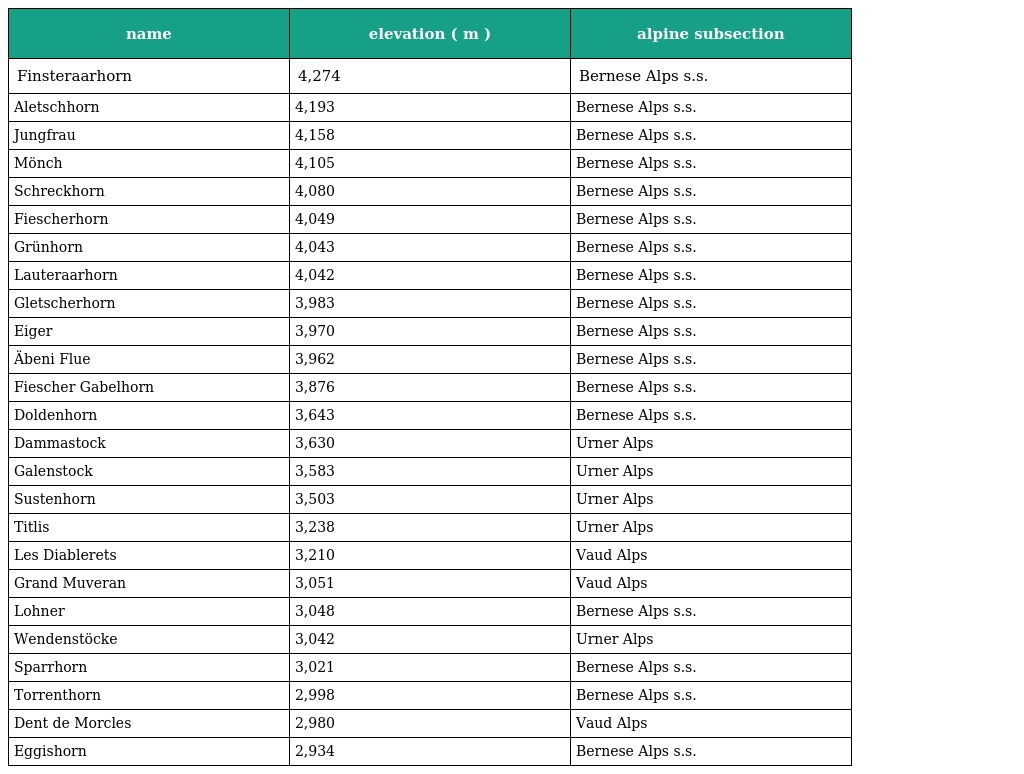
| name | elevation ( m ) | alpine subsection |
 | --- | --- | --- |
 | Finsteraarhorn | 4,274 | Bernese Alps s.s. |
 | Aletschhorn | 4,193 | Bernese Alps s.s. |
 | Jungfrau | 4,158 | Bernese Alps s.s. |
 | Mönch | 4,105 | Bernese Alps s.s. |
 | Schreckhorn | 4,080 | Bernese Alps s.s. |
 | Fiescherhorn | 4,049 | Bernese Alps s.s. |
 | Grünhorn | 4,043 | Bernese Alps s.s. |
 | Lauteraarhorn | 4,042 | Bernese Alps s.s. |
 | Gletscherhorn | 3,983 | Bernese Alps s.s. |
 | Eiger | 3,970 | Bernese Alps s.s. |
 | Äbeni Flue | 3,962 | Bernese Alps s.s. |
 | Fiescher Gabelhorn | 3,876 | Bernese Alps s.s. |
 | Doldenhorn | 3,643 | Bernese Alps s.s. |
 | Dammastock | 3,630 | Urner Alps |
 | Galenstock | 3,583 | Urner Alps |
 | Sustenhorn | 3,503 | Urner Alps |
 | Titlis | 3,238 | Urner Alps |
 | Les Diablerets | 3,210 | Vaud Alps |
 | Grand Muveran | 3,051 | Vaud Alps |
 | Lohner | 3,048 | Bernese Alps s.s. |
 | Wendenstöcke | 3,042 | Urner Alps |
 | Sparrhorn | 3,021 | Bernese Alps s.s. |
 | Torrenthorn | 2,998 | Bernese Alps s.s. |
 | Dent de Morcles | 2,980 | Vaud Alps |
 | Eggishorn | 2,934 | Bernese Alps s.s. |